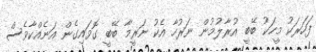
ފަހަރަކު މީހަކު ބޭބީ އުރާލުމުން ނަރުހާ އެކު ނަރީމާ ބޭބީ ގޮވައިގެން އަނެއްކާވެސް